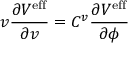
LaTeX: v \frac { \partial V ^ { \mathrm { e f f } } } { \partial v } = C ^ { v } \frac { \partial V ^ { \mathrm { e f f } } } { \partial \phi }